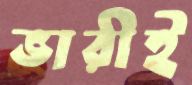
ভারীই